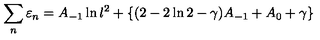
\sum _ { n } \varepsilon _ { n } = A _ { - 1 } \ln l ^ { 2 } + \{ ( 2 - 2 \ln 2 - \gamma ) A _ { - 1 } + A _ { 0 } + \gamma \}